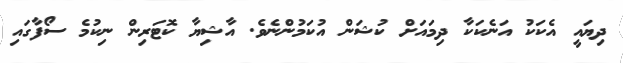
ދިޔައީ އެކަކު އަނެކަކާ ދިމައަށް ކުޝަން އުކަމުންނެވެ. އާޝިޔާ ކޮޓަރިން ނިކުމެ ސޯފާގައި